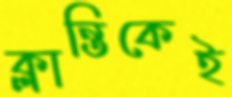
ক্লান্তিকেই